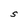
Character: S